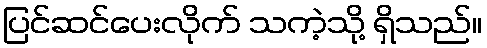
ပြင်ဆင်ပေးလိုက် သကဲ့သို့ ရှိသည်။